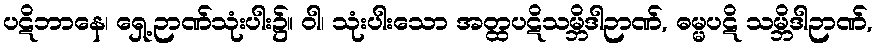
ပဋိဘာနေ၊ ရှေ့ဉာဏ်သုံးပါး၌။ ဝါ၊ သုံးပါးသော အတ္ထပဋိသမ္ဘိဒါဉာဏ်, ဓမ္မပဋိ သမ္ဘိဒါဉာဏ်,